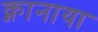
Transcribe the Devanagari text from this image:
क्नानाया